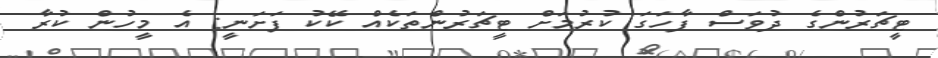
ޓީޗަރުންގެ ދުވަސް ފާހަގަ ކުރުމަށް ޓީޗަރުންތަކެއް ކޭކު ފަށަނީ: އެ މީހުން ކުރާ